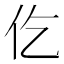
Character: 仡